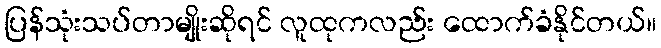
ပြန်သုံးသပ်တာမျိုးဆိုရင် လူထုကလည်း ထောက်ခံနိုင်တယ်။